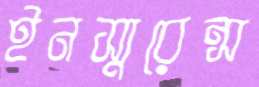
ইনস্যুরেন্স